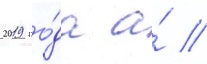
2019 го́да а́ //